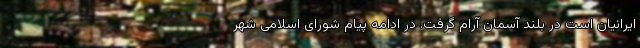
ایرانیان است در بلند آسمان آرام گرفت. در ادامه پیام شورای اسلامی شهر